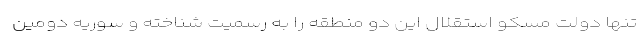
تنها دولت مسکو استقلال این دو منطقه را به رسمیت شناخته و سوریه دومین